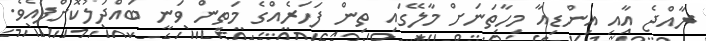
ރާއްޖެ އާއި އިންޑިއާ މިހާތަނަށް މާލޭގައި ތިން ފަހަރެއްގެ މަތިން ވަނީ ބައްދަލުކޮށްފައެވެ.